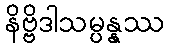
နိဗ္ဗိဒါသမ္ပန္နဿ